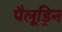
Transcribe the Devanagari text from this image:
पैलूड्रिन